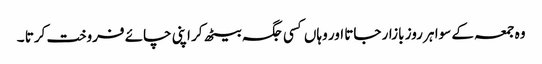
وہ جمعہ کے سوا ہر روز بازار جاتا اور وہاں کسی جگہ بیٹھ کر اپنی چائے فروخت کرتا ۔